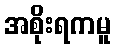
အစိုးရကမူ